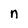
Character: n